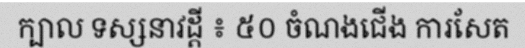
ក្បាល ទស្សនាវដ្តី ៖ ៥០ ចំណងជើង ការសែត